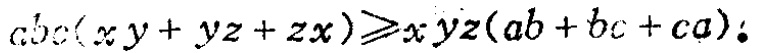
$abc(xy + yz + zx)\geqslant xyz(ab + bc + ca)$